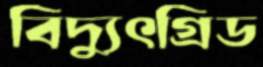
বিদ্যুৎগ্রিড